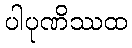
ပါပုဏိဿထ